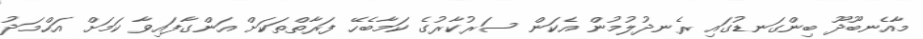
މާއެނބޫދޫ ބިންގަނޑުގައި ރެނދުލުމުން އެކަން ސަރުކާރުގެ ކަމާބެހޭ ފަރާތްތަކަށް އަންގާފައިވާ ކަމަށް އަހްމަދު